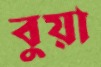
বুয়া